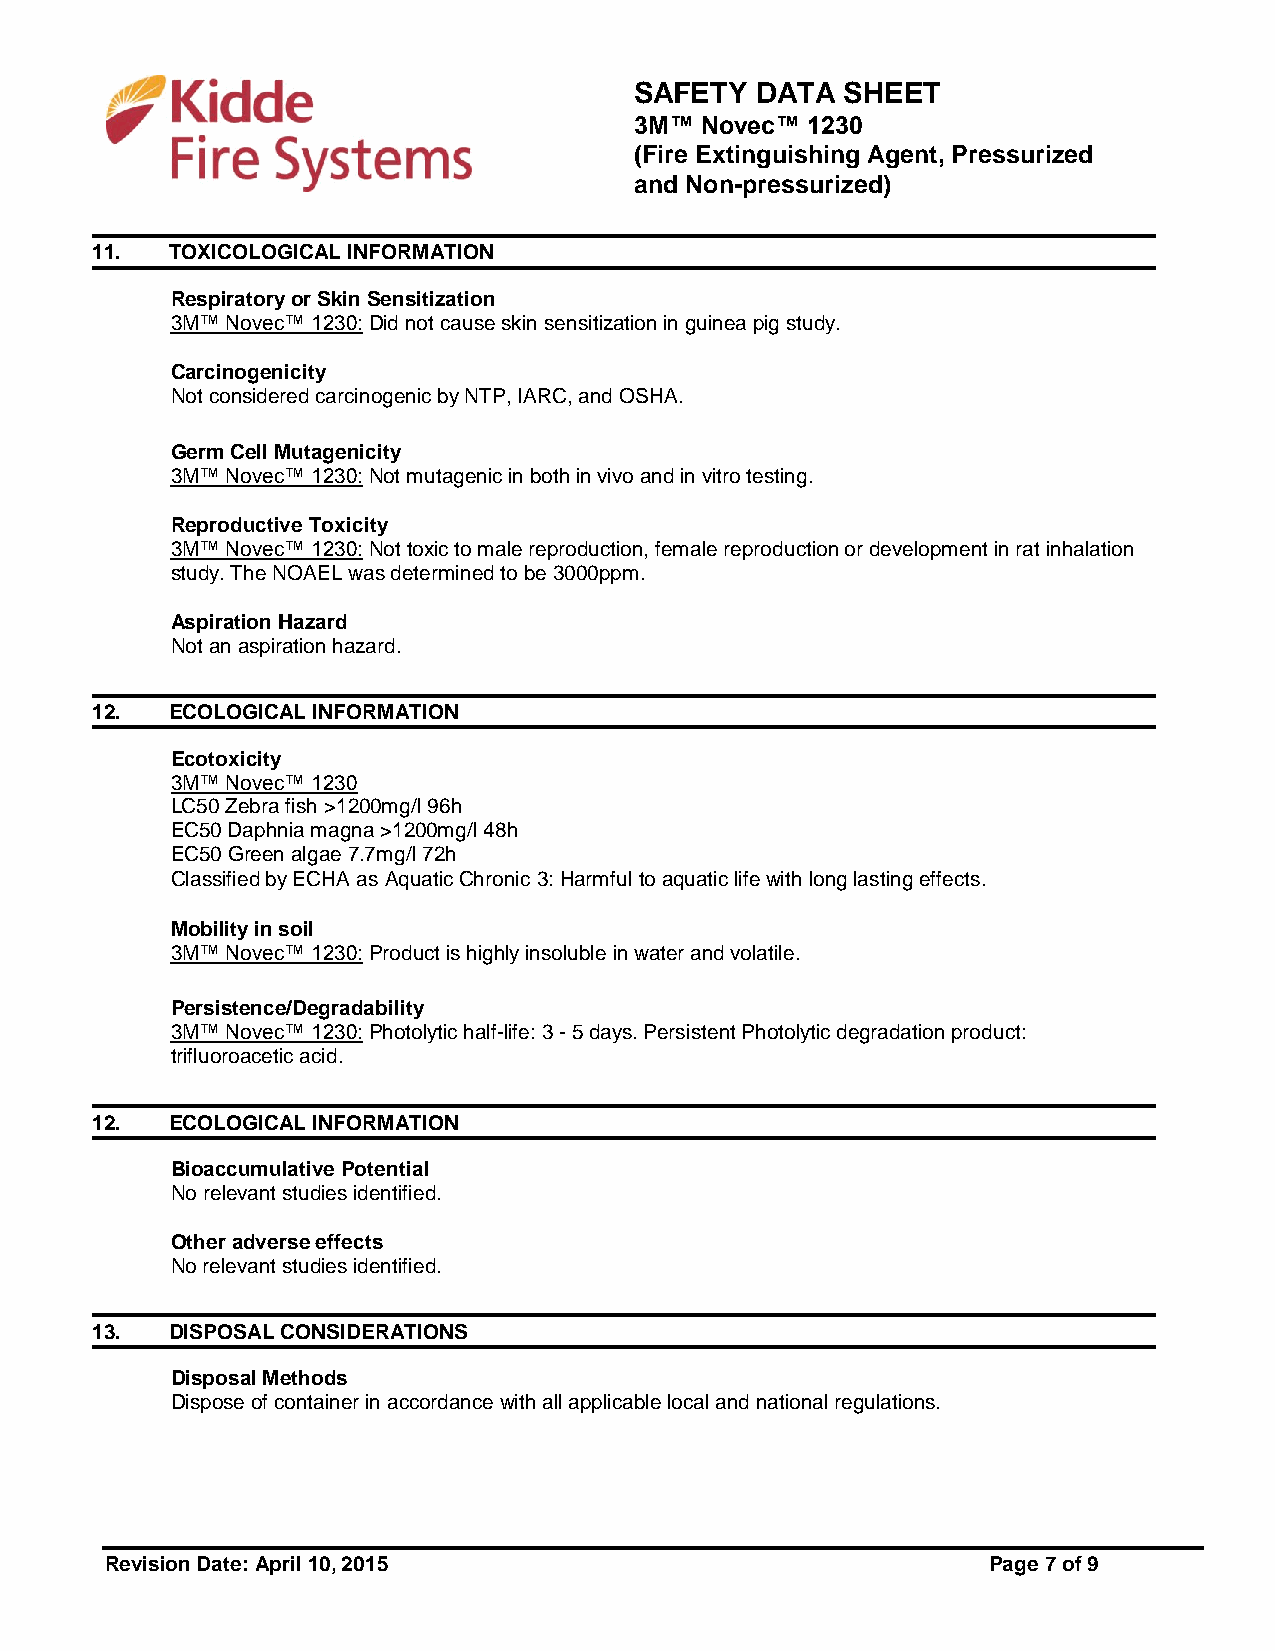
SAFETY  DATA  SHEET
 3M™ Novec™ 1230
 (Fire Extinguishing Agent, Pressurized
 and Non-pressurized)
 11.  TOXICOLOGICAL INFORMATION
 Respiratory or Skin Sensitization
 3M™ Novec™ 1230: Did not cause skin sensitization in guinea pig study.
 Carcinogenicity
 Not considered carcinogenic by NTP, IARC, and OSHA.
 Germ Cell Mutagenicity
 3M™ Novec™ 1230: Not mutagenic in both in vivo and in vitro testing.
 Reproductive Toxicity
 3M™ Novec™ 1230: Not toxic to male reproduction, female reproduction or development in rat inhalation
 study. The NOAEL was determined to be 3000ppm.
 Aspiration Hazard
 Not an aspiration hazard.
 12.  ECOLOGICAL INFORMATION
 Ecotoxicity
 3M™ Novec™ 1230
 LC50 Zebra fish >1200mg/l 96h
 EC50 Daphnia magna >1200mg/l 48h
 EC50 Green algae 7.7mg/l 72h
 Classified by ECHA as Aquatic Chronic 3: Harmful to aquatic life with long lasting effects.
 Mobility in soil
 3M™ Novec™ 1230: Product is highly insoluble in water and volatile.
 Persistence/Degradability
 3M™ Novec™ 1230: Photolytic half-life: 3 - 5 days. Persistent Photolytic degradation product:
 trifluoroacetic acid.
 12.  ECOLOGICAL INFORMATION
 Bioaccumulative Potential
 No relevant studies identified.
 Other adverse effects
 No relevant studies identified.
 13.  DISPOSAL CONSIDERATIONS
 Disposal Methods
 Dispose of container in accordance with all applicable local and national regulations.
 Revision Date: April 10, 2015                              Page 7 of 9